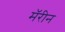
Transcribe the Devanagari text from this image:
मॅरीन